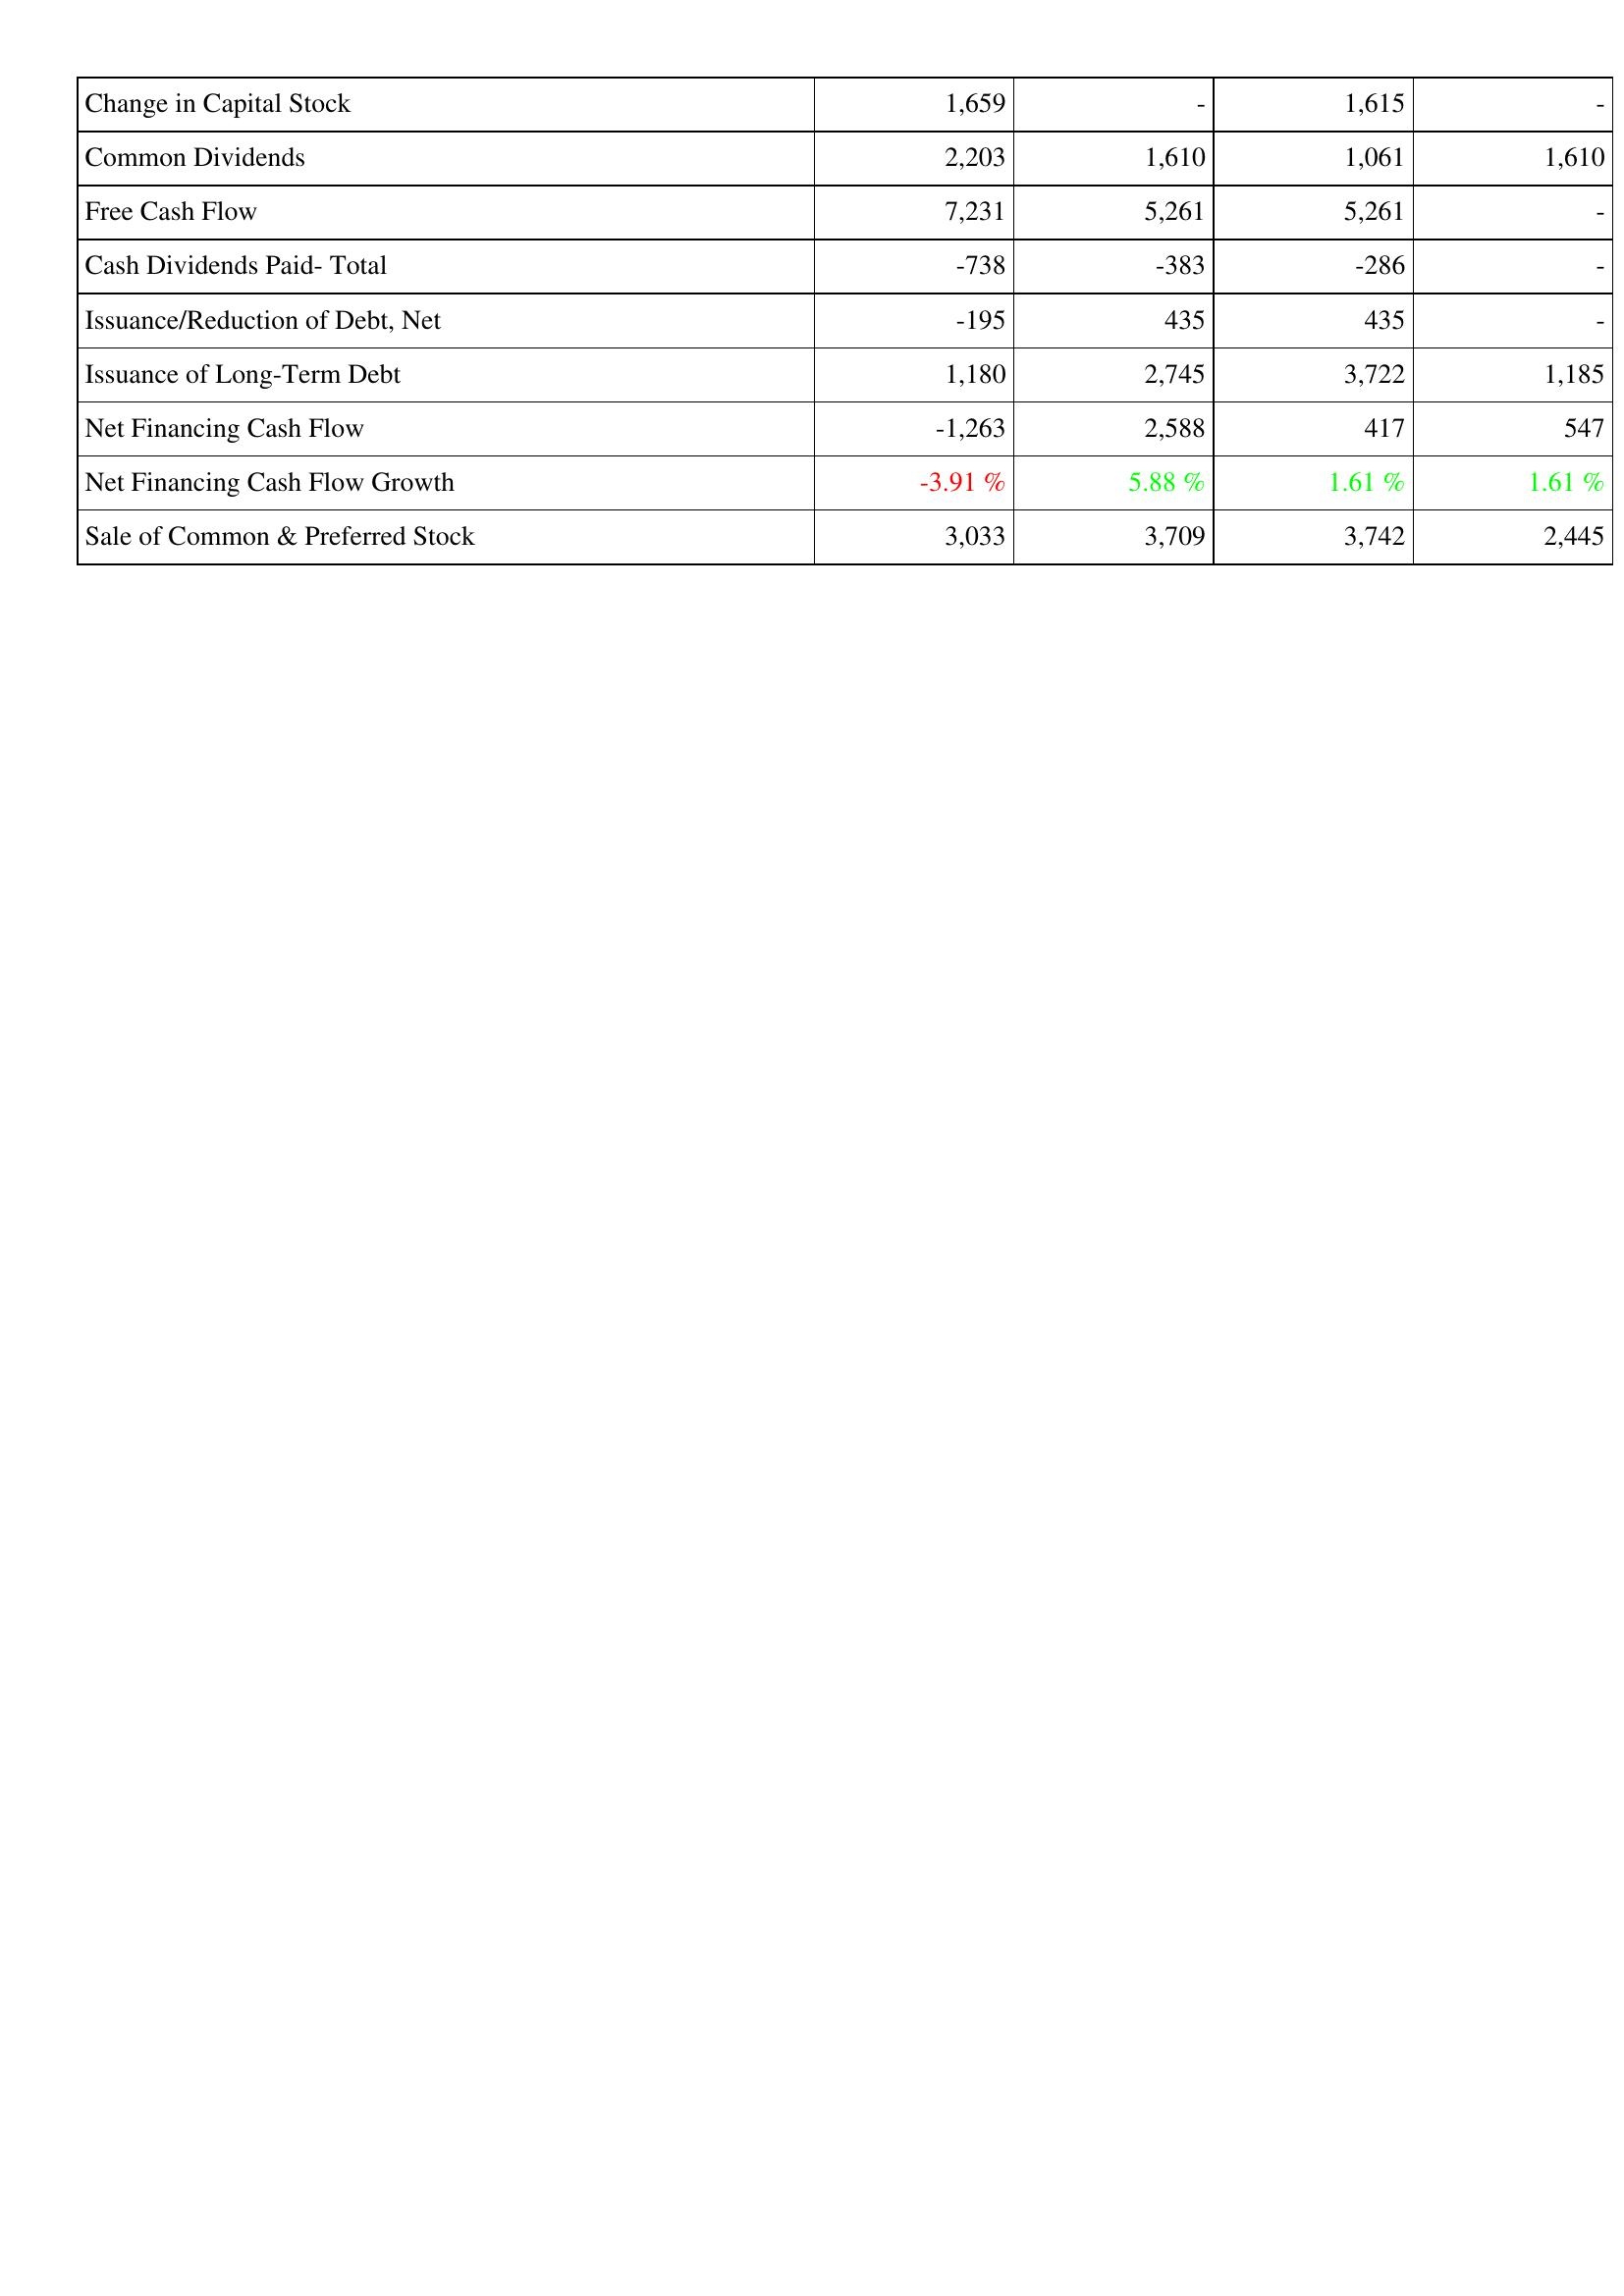
2016: Financing Activities: Change in Capital Stock: 1,659
Common Dividends: 2,203
Free Cash Flow: 7,231
Cash Dividends Paid- Total: -738
Issuance/Reduction of Debt, Net: -195
Issuance of Long-Term Debt: 1,180
Net Financing Cash Flow: -1,263
Net Financing Cash Flow Growth: -3.91 %
Sale of Common & Preferred Stock: 3,033
2015: Financing Activities: Change in Capital Stock: -
Common Dividends: 1,610
Free Cash Flow: 5,261
Cash Dividends Paid- Total: -383
Issuance/Reduction of Debt, Net: 435
Issuance of Long-Term Debt: 2,745
Net Financing Cash Flow: 2,588
Net Financing Cash Flow Growth: 5.88 %
Sale of Common & Preferred Stock: 3,709
2014: Financing Activities: Change in Capital Stock: 1,615
Common Dividends: 1,061
Free Cash Flow: 5,261
Cash Dividends Paid- Total: -286
Issuance/Reduction of Debt, Net: 435
Issuance of Long-Term Debt: 3,722
Net Financing Cash Flow: 417
Net Financing Cash Flow Growth: 1.61 %
Sale of Common & Preferred Stock: 3,742
2013: Financing Activities: Change in Capital Stock: -
Common Dividends: 1,610
Free Cash Flow: -
Cash Dividends Paid- Total: -
Issuance/Reduction of Debt, Net: -
Issuance of Long-Term Debt: 1,185
Net Financing Cash Flow: 547
Net Financing Cash Flow Growth: 1.61 %
Sale of Common & Preferred Stock: 2,445